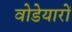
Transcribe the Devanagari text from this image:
वोडेयारों